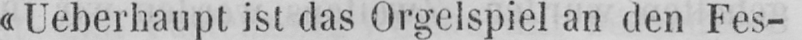
«Ueberhaupt ist das Orgelspiel an den Fes-